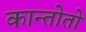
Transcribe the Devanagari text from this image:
कान्तोतो